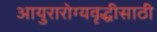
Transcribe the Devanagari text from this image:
आयुरारोग्यवृद्धीसाठी